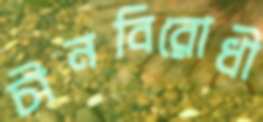
চীনবিরোধী